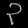
Digit: ၃